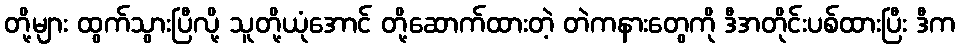
တို့များ ထွက်သွားပြီလို့ သူတို့ယုံအောင် တို့ဆောက်ထားတဲ့ တဲကနားတွေကို ဒီအတိုင်းပစ်ထားပြီး ဒီက